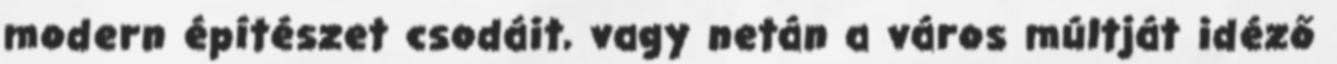
modern építészet csodáit, vagy netán a város múltját idéző